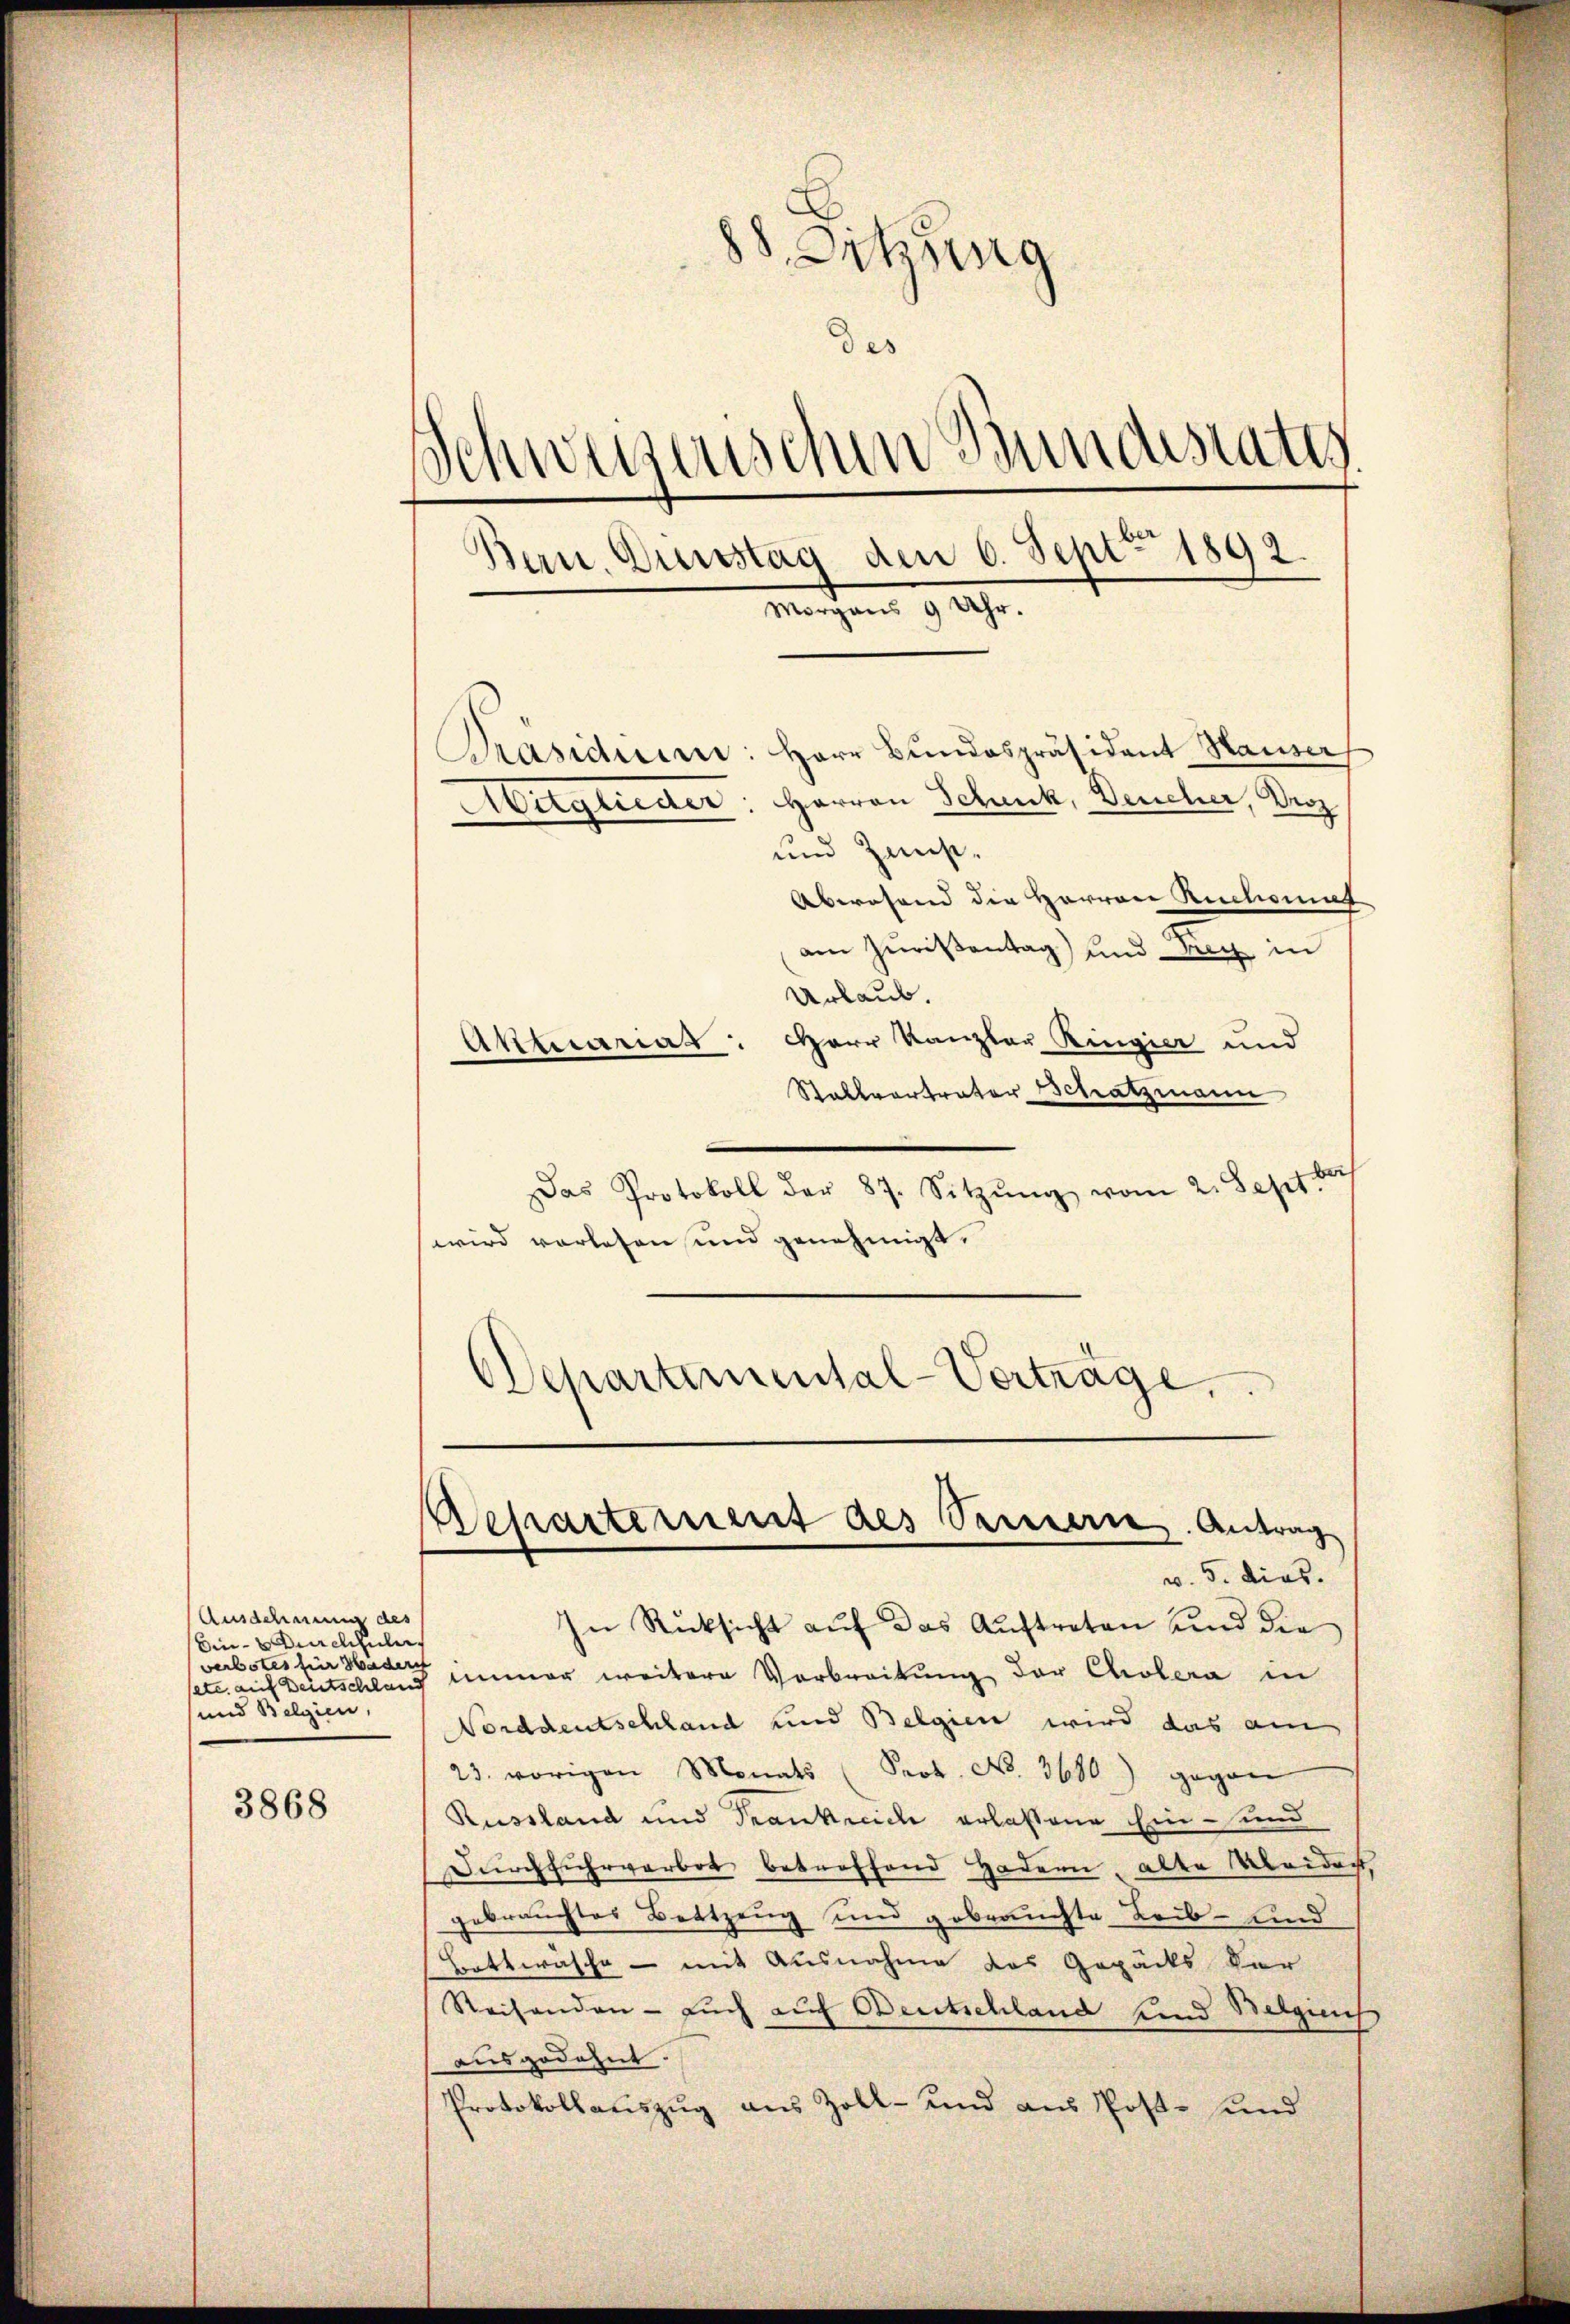
Ausdehnung des
Ein Durchzule
verbotes für Hadere
und Belgien,
3868

88. Sitzung
des
Schweisenschen Bundestatis
Bern, Auerstag den 6. Sept. 1892
Morgens 9 Uhr.

Präsidium: Herr Bŭndespräsident Hauser
Aitglieder: Herren Schenk, Deucher, Droz
und Zunst.
Abwesend die Herren Ruchemat
am Juristentag und Frey in
Urlaub.
Herr Kanzlau Ringier und
Akmariat
Stallvertrater Schatzmann
Das Protokoll der 87. Sitzŭng vom 2. Sept.
wird vorlesen und genehmigt.
DDepartemental-Verträge.

Repartement des Prieserie. Antrag
v. 5. dies

In Rücksicht auf das Auftreten und die
setc. auf Deutschland immer weitere Verbreitung der Cholera in
NNorddeutschland und Belgien wird das am
23. vorigen Monats (Prok. No. 3680) gegen
Russland und Frankreiche erlassene Ein- und
Dŭrchfuhrverbot betreffend Hadern, alte Weidacht,
gebrauchter Bettzeug und gebrauchte Leib- und
Bottwäsche - mit Ausnahme das Gepäcks Ver
Reisenden - auch auf Deutschland und Belgins
ausgedehnt.
Protokollauszug aus Zoll- und aus Post- und